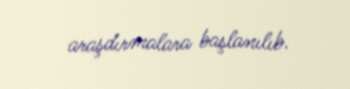
araşdırmalara başlanılıb.